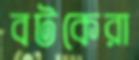
বটকেরা